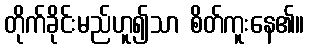
တိုက်ခိုင်းမည်ဟူ၍သာ စိတ်ကူးနေ၏။